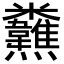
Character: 𩏸